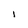
Character: 1